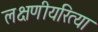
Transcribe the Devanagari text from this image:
लक्षणीयरित्या